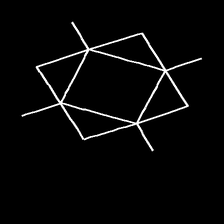
Glyph: light